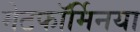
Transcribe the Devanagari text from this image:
मेटफॉर्मिनया